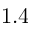
1 . 4